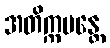
အတိက္ကမန္တေ